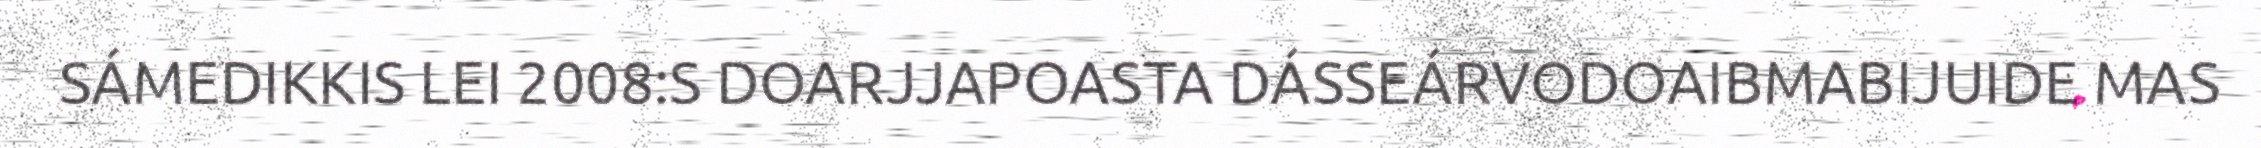
SÁMEDIKKIS LEI 2008:S DOARJJAPOASTA DÁSSEÁRVODOAIBMABIJUIDE MAS